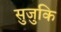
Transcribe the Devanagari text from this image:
सुजुकि